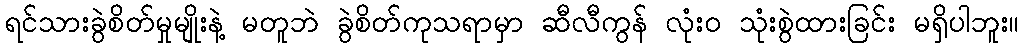
ရင်သားခွဲစိတ်မှုမျိုးနဲ့ မတူဘဲ ခွဲစိတ်ကုသရာမှာ ဆီလီကွန် လုံးဝ သုံးစွဲထားခြင်း မရှိပါဘူး။